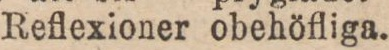
Reflexioner obehöfliga.